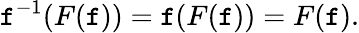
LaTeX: \mathtt{f}^{-1}(F(\mathtt{f}))=\mathtt{f}(F(\mathtt{f}))=F(\mathtt{f}).